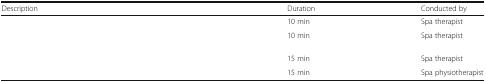
<table><thead><tr><td><b>Description</b></td><td><b>Duration</b></td><td><b>Conducted by</b></td></tr></thead><tbody><tr><td>[EMPTY_CELL]</td><td>10 min</td><td>Spa therapist</td></tr><tr><td>[EMPTY_CELL]</td><td>10 min</td><td>Spa therapist</td></tr><tr><td>[EMPTY_CELL]</td><td>15 min</td><td>Spa therapist</td></tr><tr><td>[EMPTY_CELL]</td><td>15 min</td><td>Spa physiotherapist</td></tr></tbody></table>